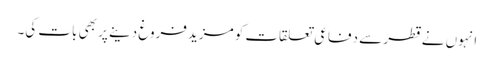
انہوں نے قطر سے دفاعی تعلقات کو مزید فروغ دینے پر بھی بات کی۔